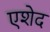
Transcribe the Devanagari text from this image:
एशेद